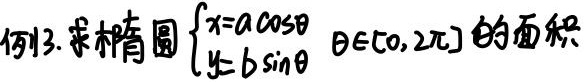
例13. 求椭圆$\begin{cases}x = a\cos\theta \\ y = b\sin\theta\end{cases} \theta\in[0,2\pi]$的面积